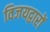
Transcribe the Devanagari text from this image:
विजयद्वारों